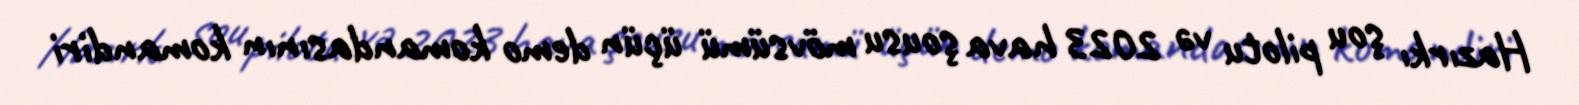
Hazırkı şou pilotu və 2023 hava şousu mövsümü üçün demo komandasının komandiri